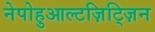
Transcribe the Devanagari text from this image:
नेपोहुआल्टज़िट्ज़िन